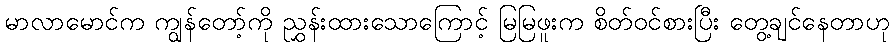
မာလာမောင်က ကျွန်တော့်ကို ညွှန်းထားသောကြောင့် မြမြဖူးက စိတ်ဝင်စားပြီး တွေ့ချင်နေတာဟု